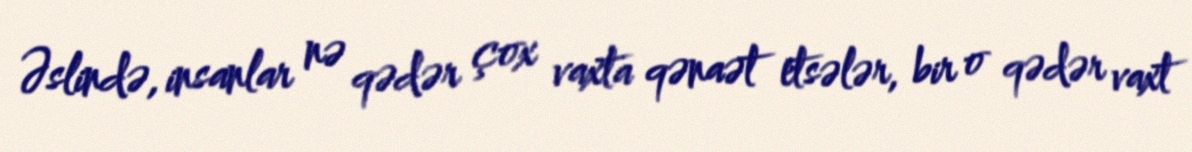
Əslində, insanlar nə qədər çox vaxta qənaət etsələr, bir o qədər vaxt